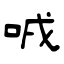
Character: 㖅